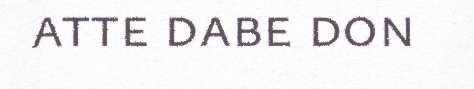
atte dabe don